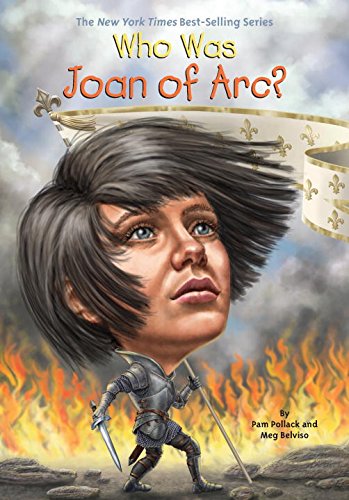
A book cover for Who Was Joan of Arc?; Pamela D. Pollack; Children's Books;